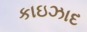
કાઇઝાદ